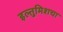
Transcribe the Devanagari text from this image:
इल्तुमिशचा